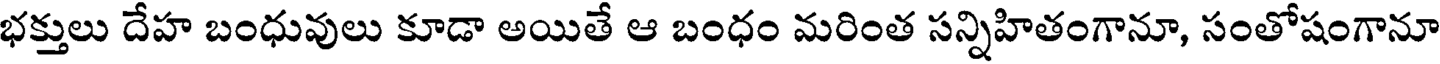
భక్తులు దేహ బంధువులు కూడా అయితే ఆ బంధం మరింత సన్నిహితంగానూ, సంతోషంగానూ